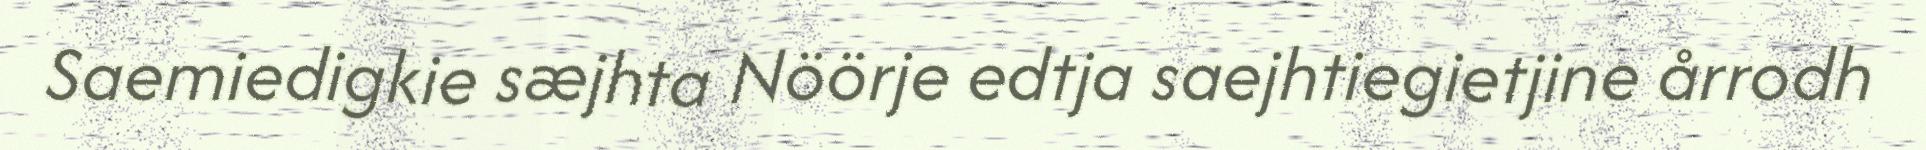
Saemiedigkie sæjhta Nöörje edtja saejhtiegietjine årrodh